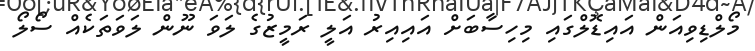
މޯލްޑިވިއަން އައިޑޮލްގައި މިހިސާބަށް އައިއިރު އަލީ ރަމީޒުގެ ލަވަ ނޫން ލަވަތަކެއް ސޯލޯ